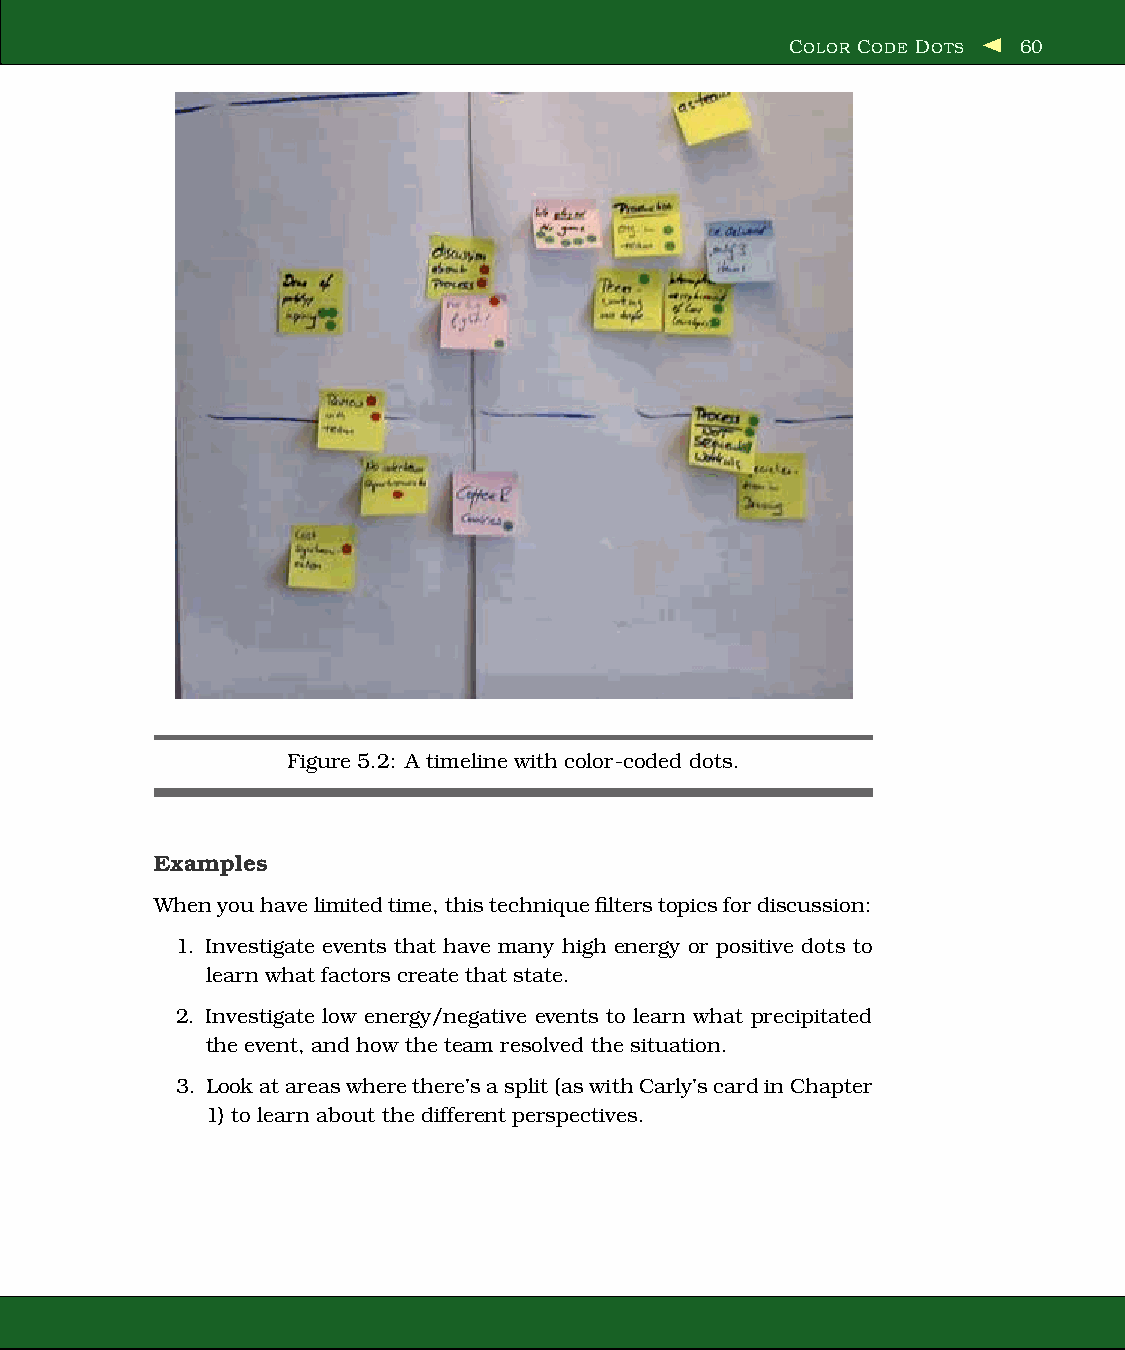
COLOR CODE DOTS 60
 Figure 5.2: A timeline with color-coded dots.
 Examples
 Whenyouhavelimitedtime,thistechniquefilterstopicsfordiscussion:
 1. Investigate events that have many high energy or positive dots to
 learn what factors create that state.
 2. Investigate low energy/negative events to learn what precipitated
 the event, and how the team resolved the situation.
 3. Lookatareaswherethere’sasplit(aswithCarly’scardinChapter
 1) to learn about the different perspectives.